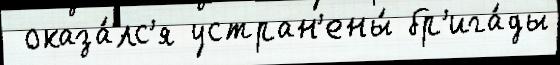
 оказа́лс'я устран'ены́ бр'ига́ды